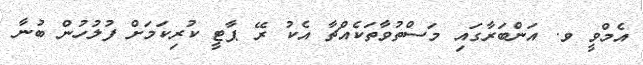
އެމްވީ ވ. އަންބަރާގައި މަސްތުވާތަކެއްޗާ އެކު ރޭ ޕާޓީ ކުރިކަމަށް ފުލުހުން ބުނާ